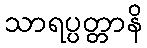
သာရပ္ပတ္တာနိ